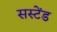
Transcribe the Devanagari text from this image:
सस्टेंड